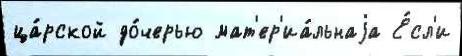
ца́рской до́черью мат'ер'иа́льнаjа Е́сл'и